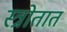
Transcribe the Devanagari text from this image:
स्त्रोतात